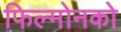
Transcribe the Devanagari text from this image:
फिल्मोनको